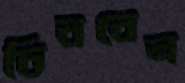
চিববেন